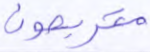
متربصون